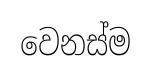
වෙනස්ම